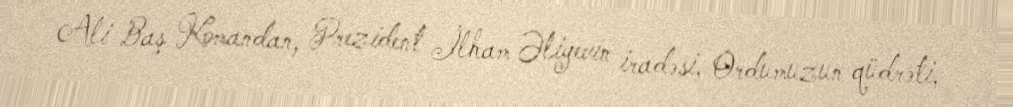
Ali Baş Komandan, Prezident İlham Əliyevin iradəsi, Ordumuzun qüdrəti,